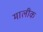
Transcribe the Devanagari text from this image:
मालीक